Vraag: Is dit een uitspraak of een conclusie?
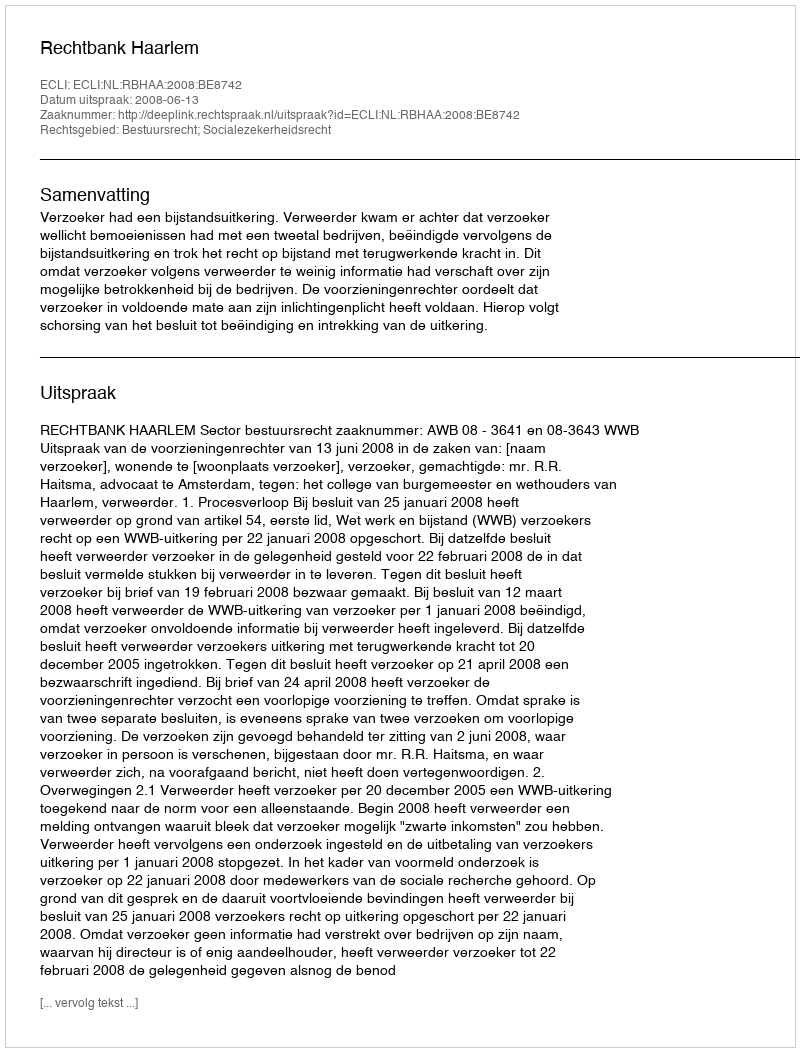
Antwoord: Uitspraak